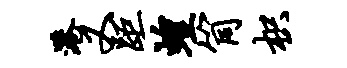
港又距蝗筒枳